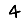
Digit: 4